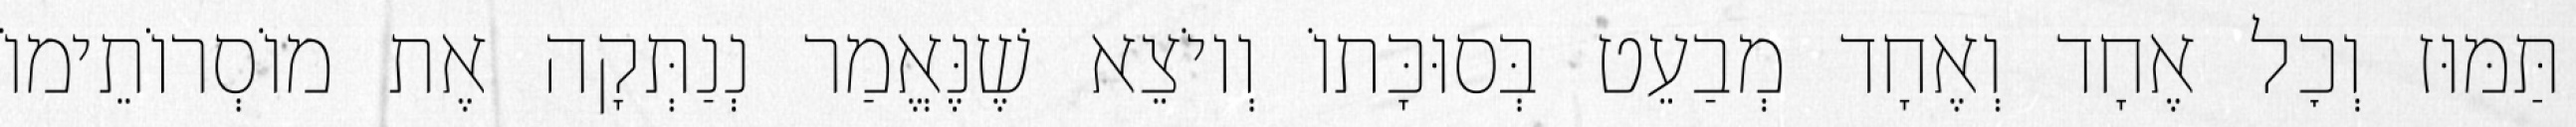
תַּמּוּז וְכׇל אֶחָד וְאֶחָד מְבַעֵט בְּסוּכָּתוֹ וְיוֹצֵא שֶׁנֶּאֱמַר נְנַתְּקָה אֶת מוֹסְרוֹתֵימוֹ